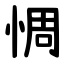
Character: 惆